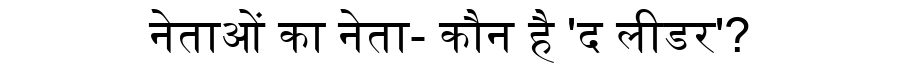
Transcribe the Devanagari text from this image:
नेताओं का नेता- कौन है 'द लीडर'?